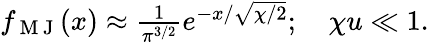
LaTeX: \begin{array}{r}{f_{\mathrm{~M~J~}}(x)\approx\frac{1}{\pi^{3/2}}e^{-x/\sqrt{\chi/2}};\quad\chi u\ll 1.}\end{array}